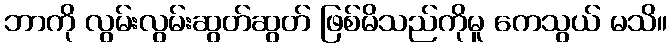
ဘာကို လွမ်းလွမ်းဆွတ်ဆွတ် ဖြစ်မိသည်ကိုမူ ကေသွယ် မသိ။